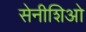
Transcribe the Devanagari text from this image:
सेनीशिओ